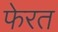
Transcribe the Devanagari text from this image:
फेरत